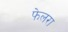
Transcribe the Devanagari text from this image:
फेलरा